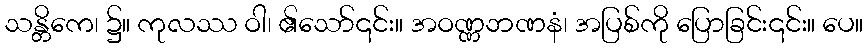
သန္တိကေ၊ ၌။ ကုလဿ ဝါ၊ ၏သော်၎င်း။ အဝဏ္ဏဘဏနံ၊ အပြစ်ကို ပြောခြင်း၎င်း။ ပေ။